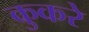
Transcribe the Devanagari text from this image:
कुकरे